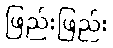
ဖြည်းဖြည်း